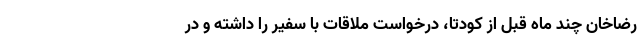
رضاخان چند ماه قبل از کودتا، درخواست ملاقات با سفیر را داشته و در